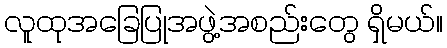
လူထုအခြေပြုအဖွဲ့အစည်းတွေ ရှိမယ်။